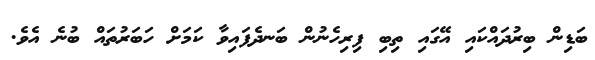
ބަޑިން ބިރުދައްކައި އޭގައި ތިބި ފިރިހެނުން ބަނދެފައިވާ ކަމަށް ހަބަރުތައް ބުނެ އެވެ.